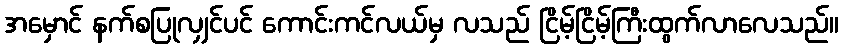
အမှောင် နက်စပြုလျှင်ပင် ကောင်းကင်လယ်မှ လသည် ငြိမ့်ငြိမ့်ကြီးထွက်လာလေသည်။